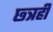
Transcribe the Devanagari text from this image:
छ्त्रही